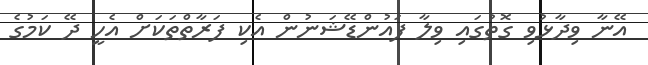
އޭނާ ވިދާޅުވި ގޮތުގައި ވިލާ ފައުންޑޭޝަނުން އެކި ފަރާތްތަކަށް އެހީ ދޭ ކަމުގެ